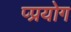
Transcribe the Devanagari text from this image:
प्प्रयोग